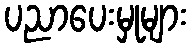
ပညာပေးမှုများ